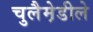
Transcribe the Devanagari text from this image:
चुलैमे़डीले